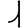
Digit: 1